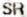
SR